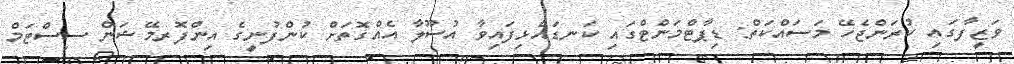
ވަޒީފާގައި ކުރަންޖެހޭ މަސައްކަތް: ޑިޕާޓްމަންޓްގައި ކަނޑައެޅިފައިވާ އުސޫލާ އެއްގޮތަށް ކުންފުނީގެ އިންފޮރމޭޝަން ސިސްޓަމް